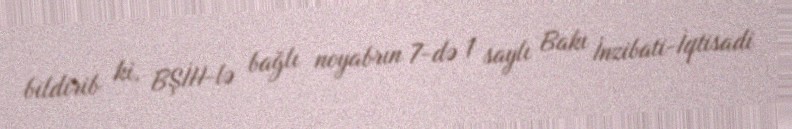
bildirib ki, BŞİH-lə bağlı noyabrın 7-də 1 saylı Bakı İnzibati-İqtisadi